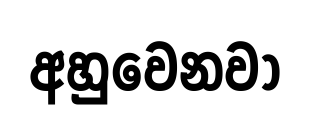
අහුවෙනවා